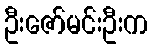
ဦးဇော်မင်းဦးက